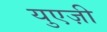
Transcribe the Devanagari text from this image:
युएज़ी